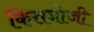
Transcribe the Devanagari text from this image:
किसनोजी